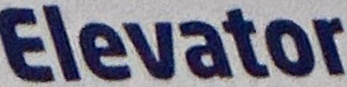
Elevant